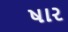
ષાર